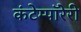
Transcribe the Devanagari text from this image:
कंटेम्पॉरेरी